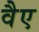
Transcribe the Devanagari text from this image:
वैए